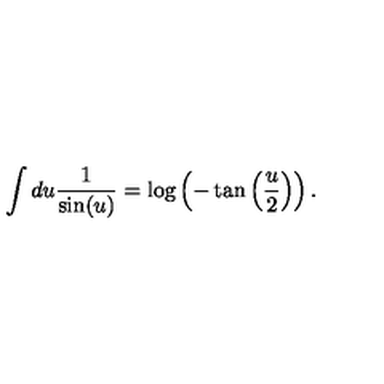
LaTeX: \int d u \frac { 1 } { \sin ( u ) } = \log \left( - \tan \left( \frac { u } { 2 } \right) \right) .